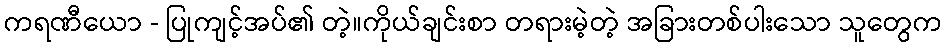
ကရဏီယော - ပြုကျင့်အပ်၏ တဲ့။ကိုယ်ချင်းစာ တရားမဲ့တဲ့ အခြားတစ်ပါးသော သူတွေက